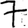
Digit: 7